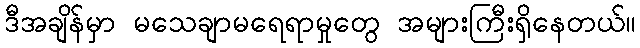
ဒီအချိန်မှာ မသေချာမရေရာမှုတွေ အများကြီးရှိနေတယ်။